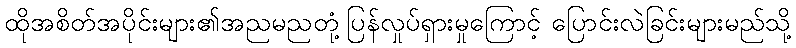
ထိုအစိတ်အပိုင်းများ၏အညမညတုံ့ပြန်လှုပ်ရှားမှုကြောင့် ပြောင်းလဲခြင်းများမည်သို့